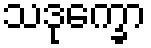
သဒုက္ခော